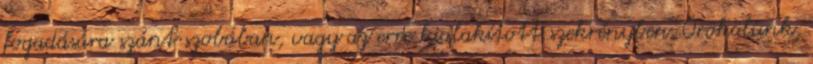
fogadására szánt szobában, vagy az erre kialakított szekrényben. Örökölünk,